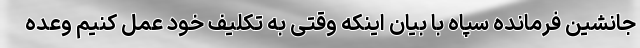
جانشین فرمانده سپاه با بیان اینکه وقتی به تکلیف خود عمل کنیم وعده